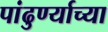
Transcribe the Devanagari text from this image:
पांढुर्ण्याच्या